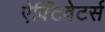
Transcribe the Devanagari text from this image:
ऐक्टिवेटर्स